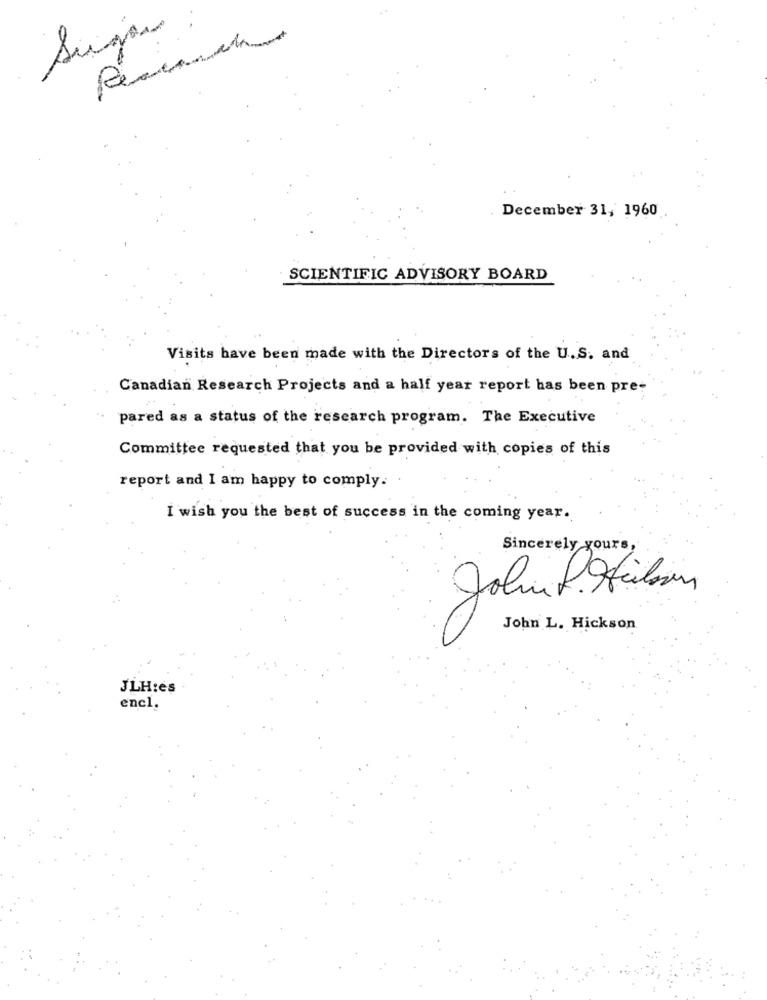
Sugar
December 31, 1960
SCIENTIFIC ADVISORY BOARD
Visits have been made with the Directors of the U.S. and
Canadian Research Projects and a half year report has been pre-
pared as a status of the research program. The Executive
Committee requested that you be provided with copies of this
report and I am happy to comply.
I wish you the best of success in the coming year.
Sincerely yours,
John L. Hickson
JLH:es
enel.